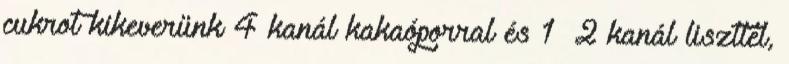
cukrot kikeverünk 4 kanál kakaóporral és 1 2 kanál liszttel,